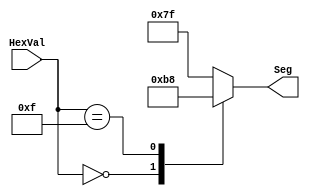
// sevenseghexdecoder.v for EE 2390 Lab #4
`timescale 1ns / 1ps
module sevenseghexdecoder(Seg,HexVal);
    output [0:6] Seg;
    input  [3:0] HexVal;
    reg    [0:6] Seg;
    // Signal correspondence is as follows:
    // Display Segment:  a b c d e f g (all active low: 0--on, 1--off)
    // Seg output bit:   0 1 2 3 4 5 6
    // HexVal[3:0] has MSb at bit 3, LSb at bit 0
    always @(HexVal) // Do this whenever HexVal changes
    begin
    case(HexVal)
            4'h0:  Seg = 7'b000_0001;  // forms the character for 0
            // You need to add the others
            4'hF:  Seg = 7'b011_1000;  // forms the character for F
            default:  Seg = 7'b111_1111; //  specify a default (all off)
     endcase
    end
endmodule